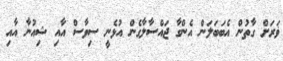
ޥަރަށް ގާތުން އެބަބަލަން އެންގާ ޖައްސާލާގެން އުޅެނީ ސިވާސް އާއި ޝިއުނާ އާއި